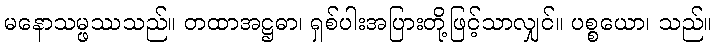
မနောသမ္ဖဿသည်။ တထာအဋ္ဌဓာ၊ ရှစ်ပါးအပြားတို့ဖြင့်သာလျှင်။ ပစ္စယော၊ သည်။